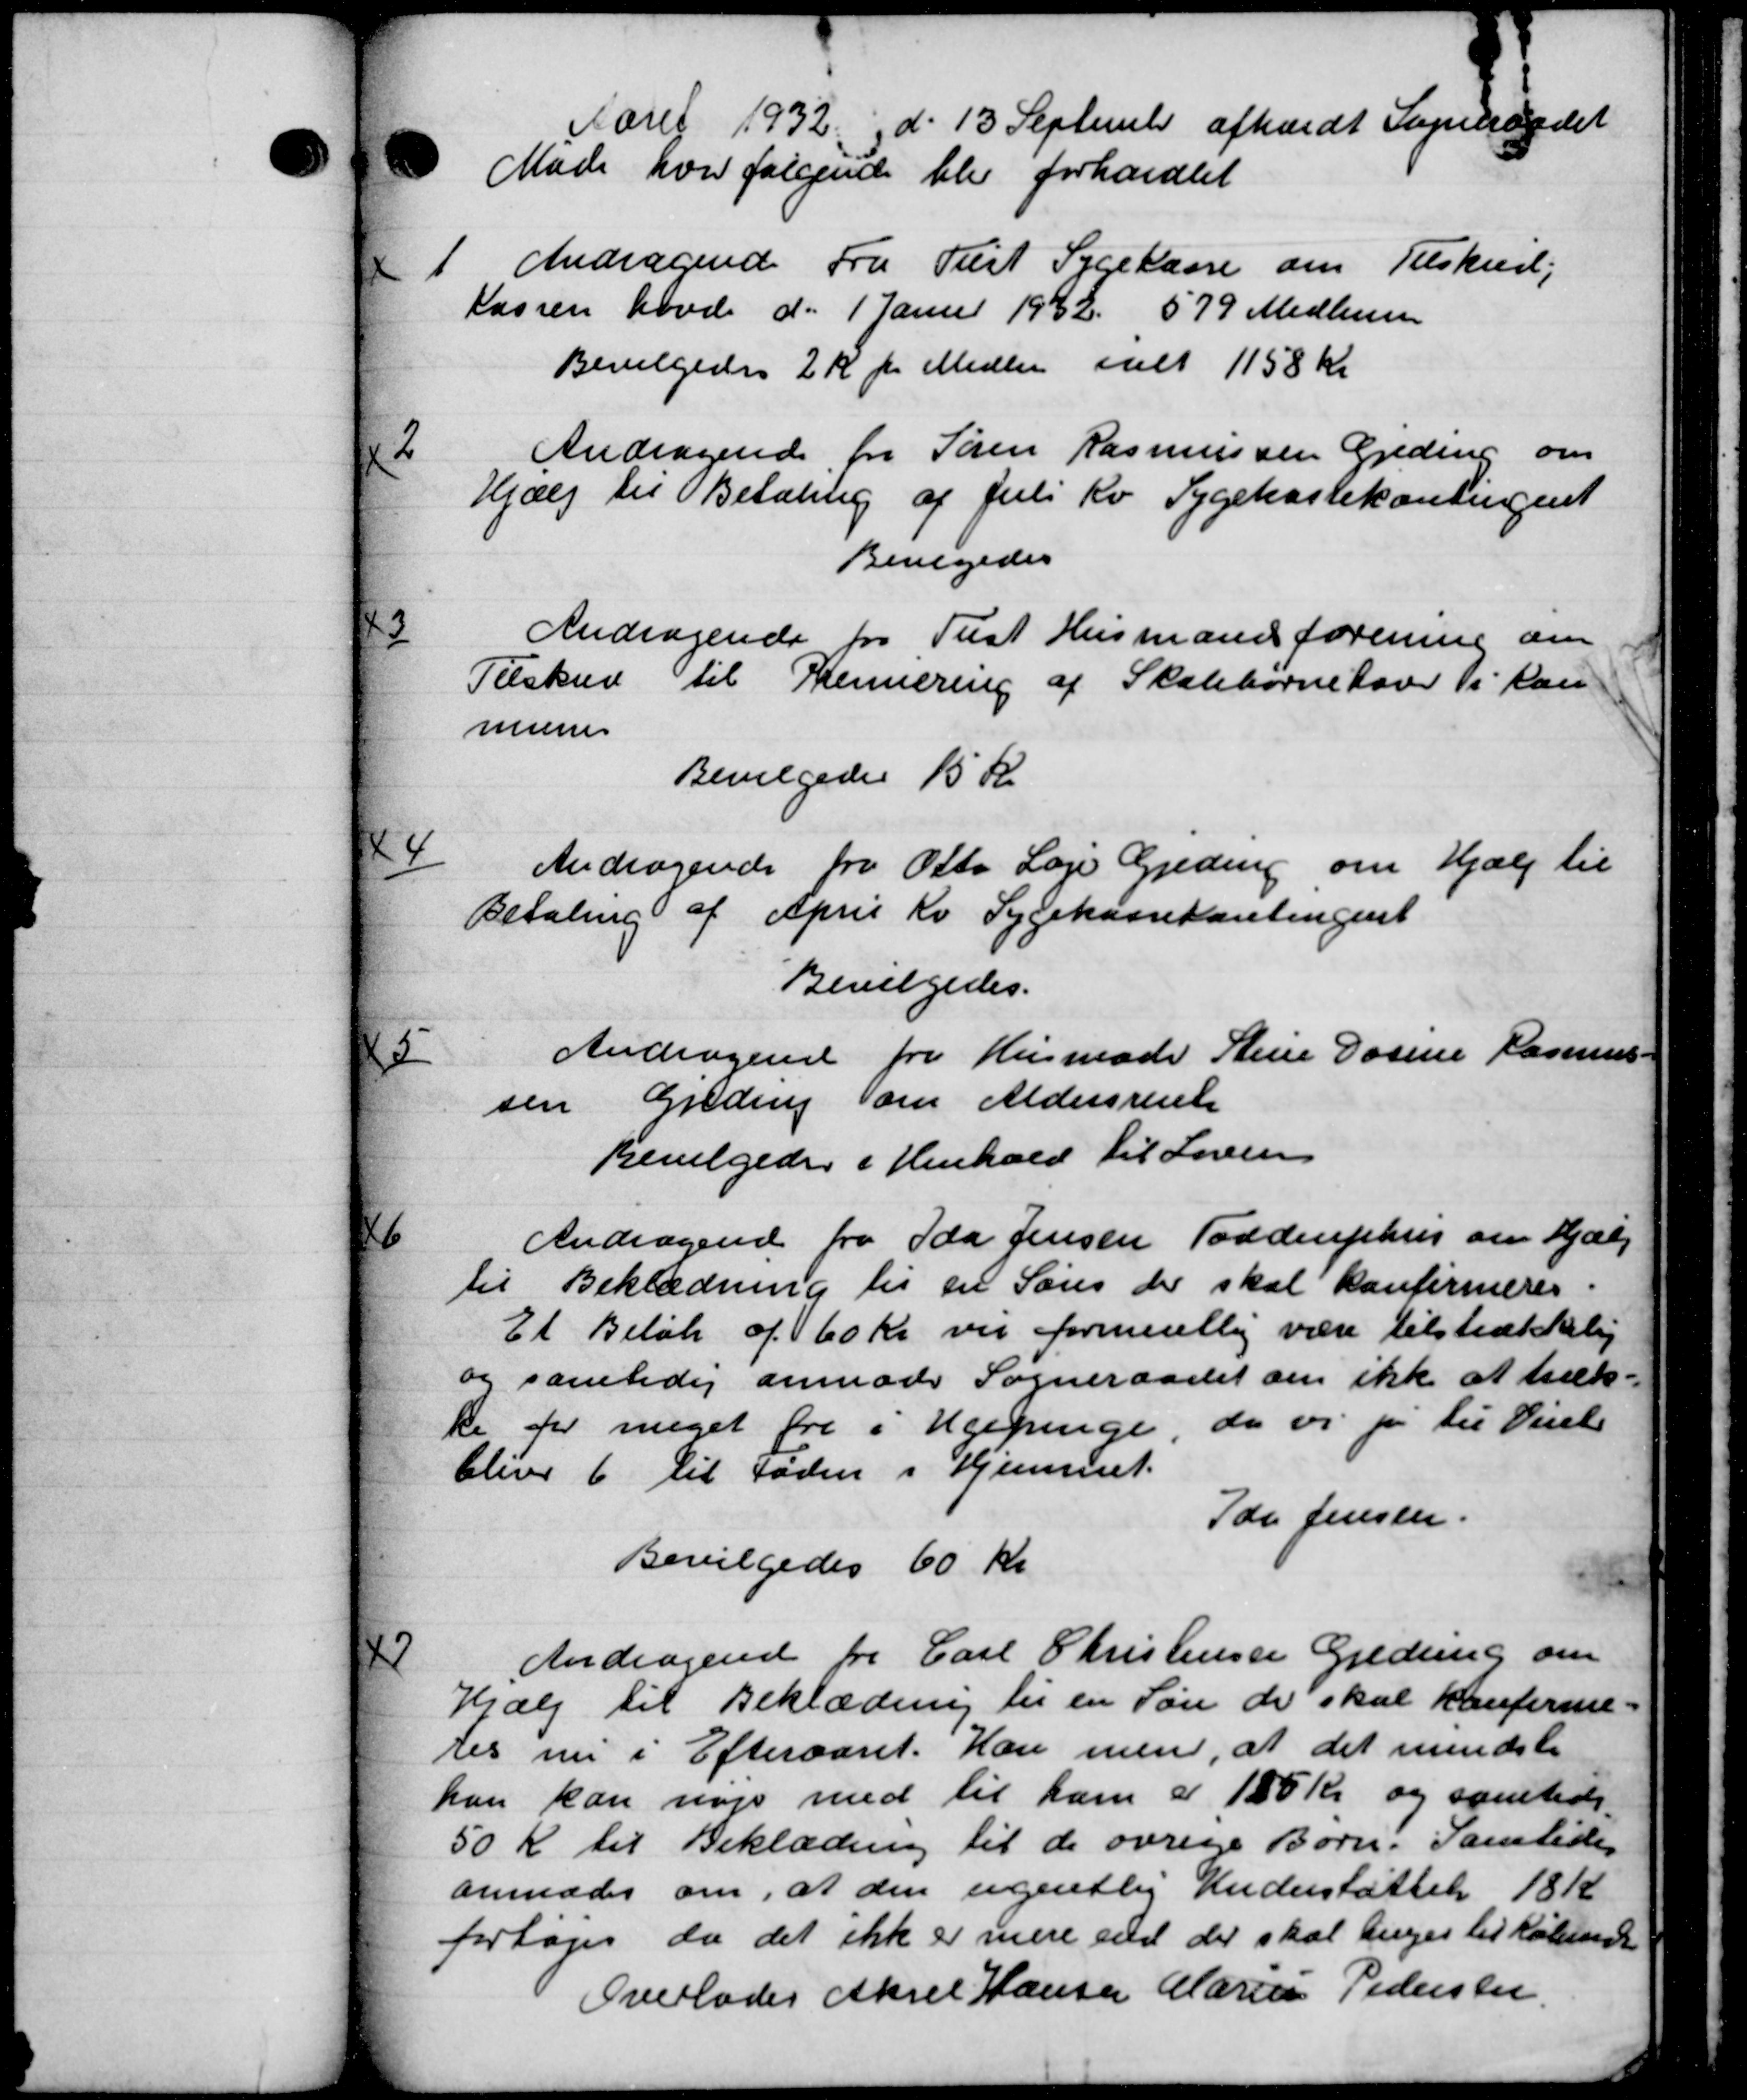
Transskription:
Aaret 1932 d. 13 September afholdt Sogneraadet
Møde hvor følgende blev forhandlet
1
Andragende Fra Tust Sygekasse om Tilskud,
kassen havde d. 1 Janur 1942. 579 Medlemmer
Bevilgedes 2 Kr pr. Midler ialt 1158 Kr
2
Andragende fra Søren Rasmussen Gjeding om
Hjælp til Betaling af Juli Kv Sygekassekontingent
Bevilgedes
3
Andragende for Tust Husmand forening om
Tilskud til Reinering af Skolebørnehover i Lan
mune
Bevilgedes 15 Kr
4
Andragende fra Otto Læge Gjeding om Hjælp til
Betaling af April Kv Sygekassekontingent
Bevilgedes.
Andragende fra Husmode Stine Dasine Rasmuss
5
sen Greding om Aldersrente
Bevilgedes i Henhold til Loven

Andragende fra Ida Jensen Toddenphus om Hjælp
til Beklædning til en Søns der skal konfirmeres.
Et Beløb af 60 Kr vil formentlig være tilstrækkelig
og samtidig anmoder Sogneraadet om ikke at træk-
ke for meget fra i Ugepenge, da vi jo til Viel
blive 6 til Faden i Hjemmet.
Idr. Jensen.
Bevilgedes 60 Kr

Andragende fra Carl Christensen Gredning om
Hjælp til Beklædning til en Søn de skal konfirme-
tes nu i Efteraaret. Han men, at det mindste
kan kan nøje med til ham a 155 Kr og samtidi
50 Kr til Beklædning til de øvrige Børn. Samledes
anmodes om, at den ugentlig Understøttelse 181
fortages da det ikke er mere end der skal liges til Købende
Overlades Aksel Hansen Marius Pedersen.